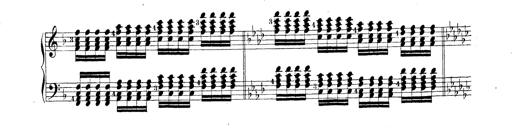
Title: Technische Studien
Composer: Franz Liszt